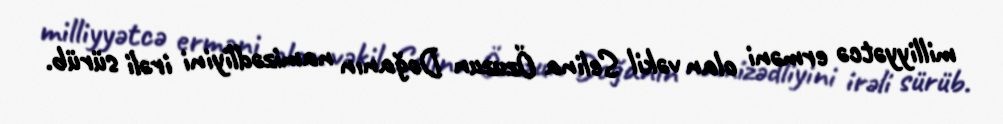
milliyyətcə erməni olan vəkil Selina Özuzun Doğanın namizədliyini irəli sürüb.